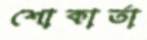
শোকার্তা